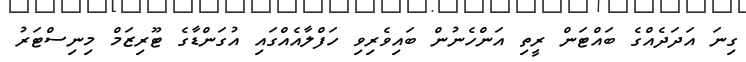
ގިނަ އަދަދެއްގެ ބައްޓަން ރީތި އަންހެނުން ބައިވެރިވި ހަފްލާއެއްގައި އުގަންޑާގެ ޓޫރިޒަމް މިނިސްޓަރު